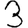
Digit: 3